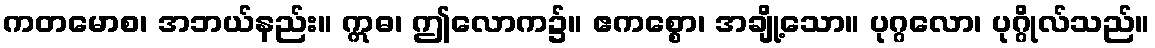
ကတမောစ၊ အဘယ်နည်း။ ဣဓ၊ ဤလောက၌။ ဧကစ္စော၊ အချို့သော။ ပုဂ္ဂလော၊ ပုဂ္ဂိုလ်သည်။